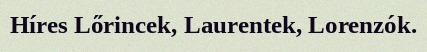
Híres Lőrincek, Laurentek, Lorenzók.